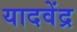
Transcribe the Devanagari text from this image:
यादवेंद्र